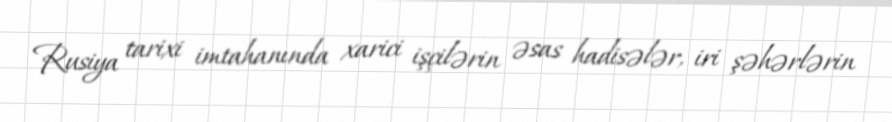
Rusiya tarixi imtahanında xarici işçilərin əsas hadisələr, iri şəhərlərin